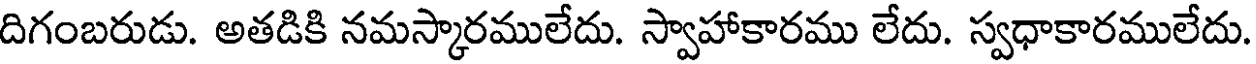
దిగంబరుడు. అతడికి నమస్కారములేదు. స్వాహాకారము లేదు. స్వధాకారములేదు